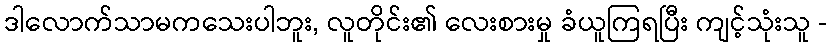
ဒါလောက်သာမကသေးပါဘူး, လူတိုင်း၏ လေးစားမှု ခံယူကြရပြီး ကျင့်သုံးသူ -